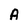
Character: A